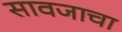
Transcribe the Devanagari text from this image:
सावजाचा